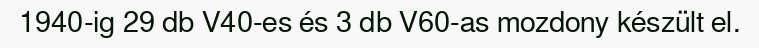
1940-ig 29 db V40-es és 3 db V60-as mozdony készült el.